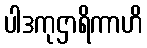
ပါဒကုဌာရိကာဟိ